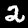
Label: 2